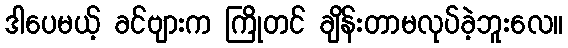
ဒါပေမယ့် ခင်ဗျားက ကြိုတင် ချိန်းတာမလုပ်ခဲ့ဘူးလေ။